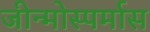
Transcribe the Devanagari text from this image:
जीन्मोस्पर्मास